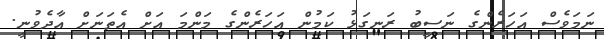
ނަމަވެސް އަހަރެންގެ ނަސީބު ރަނގަޅު ކަމުން އަހަރެންގެ މަންމަ އަށް އެތަނަށް އާދެވުނީ.